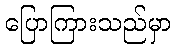
ပြောကြားသည်မှာ